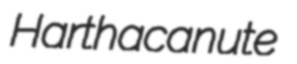
Harthacanute